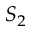
S _ { 2 }